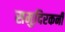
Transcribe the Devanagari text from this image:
समुदिरकनी